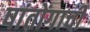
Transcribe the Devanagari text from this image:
षांतोंगाची